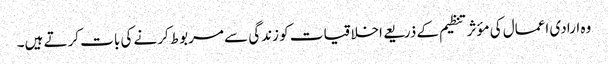
وہ ارادی اعمال کی مؤثر تنظیم کے ذریعے اخلاقیات کو زندگی سے مربوط کرنے کی بات کرتے ہیں۔